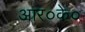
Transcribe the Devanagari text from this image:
आर०के०